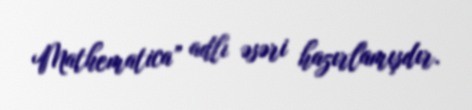
Mathematica” adlı əsəri hazırlamışdır.